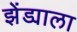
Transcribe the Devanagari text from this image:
झेंड्याला